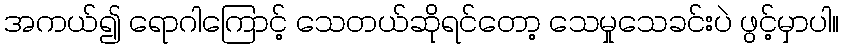
အကယ်၍ ရောဂါကြောင့် သေတယ်ဆိုရင်တော့ သေမှုသေခင်းပဲ ဖွင့်မှာပါ။